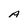
Character: A